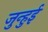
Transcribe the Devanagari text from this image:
जुन्हुई